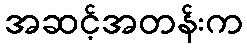
အဆင့်အတန်းက